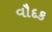
વૌદક